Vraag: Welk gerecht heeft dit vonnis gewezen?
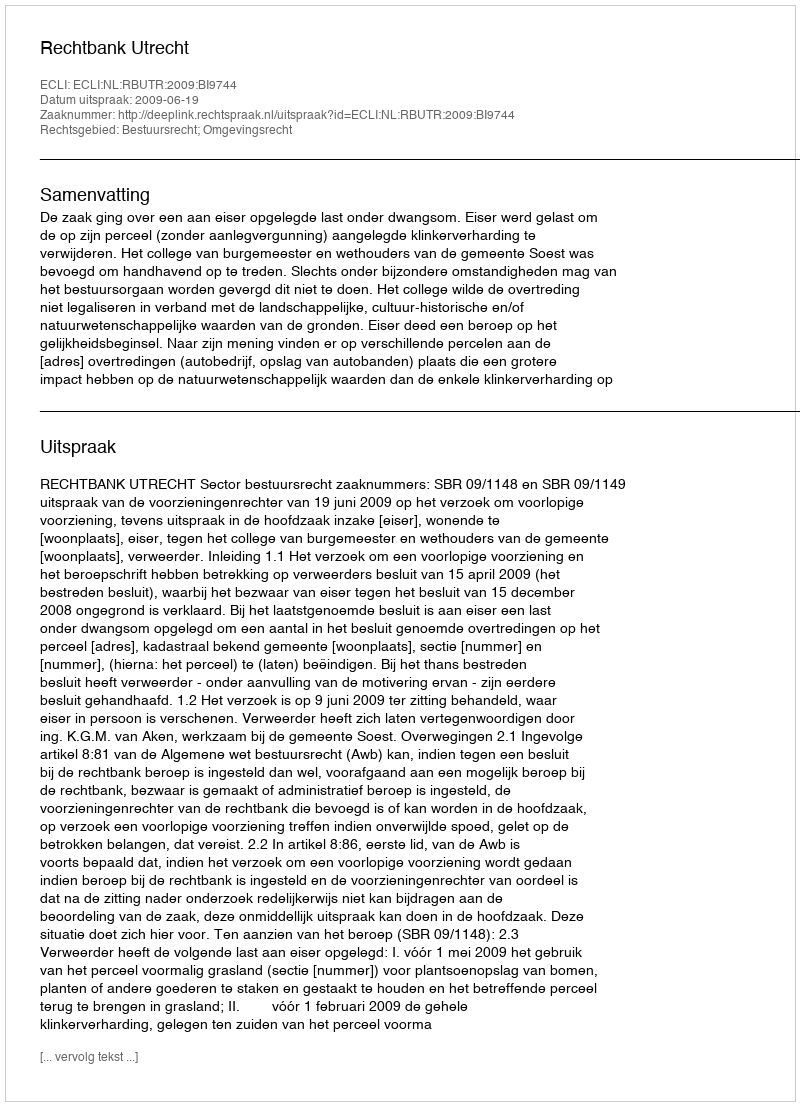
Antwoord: Rechtbank Utrecht